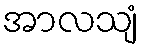
အာလသျံ